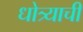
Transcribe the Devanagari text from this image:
धोत्र्याची